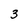
Character: 3